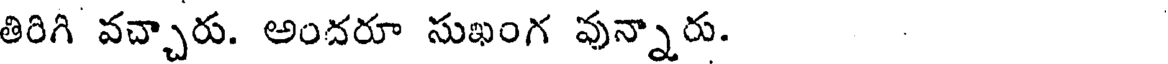
తిరిగి వచ్చారు. అందరూ సుఖంగ వున్నారు.